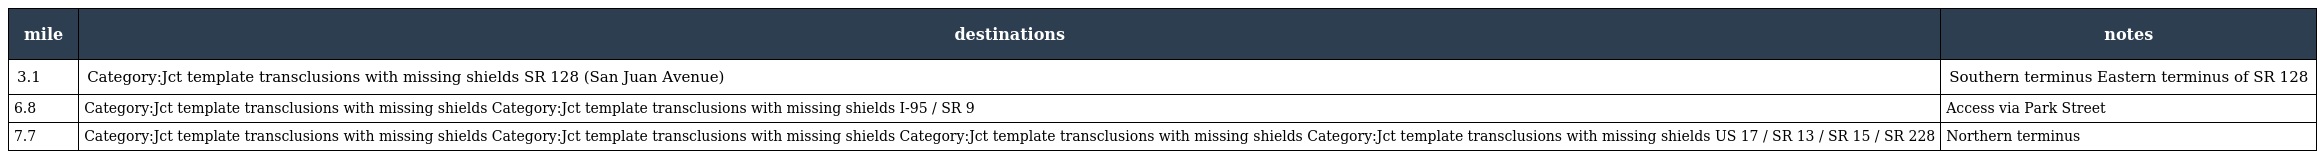
| mile | destinations | notes |
 | --- | --- | --- |
 | 3.1 | Category:Jct template transclusions with missing shields SR 128 (San Juan Avenue) | Southern terminus Eastern terminus of SR 128 |
 | 6.8 | Category:Jct template transclusions with missing shields Category:Jct template transclusions with missing shields I-95 / SR 9 | Access via Park Street |
 | 7.7 | Category:Jct template transclusions with missing shields Category:Jct template transclusions with missing shields Category:Jct template transclusions with missing shields Category:Jct template transclusions with missing shields US 17 / SR 13 / SR 15 / SR 228 | Northern terminus |